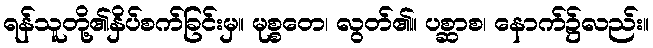
ရန်သူတို့၏နှိပ်စက်ခြင်းမှ။ မုစ္စတေ၊ လွတ်၏။ ပစ္ဆာစ၊ နောက်၌လည်း။